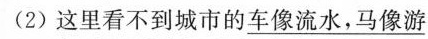
(2)这里看不到城市的车像流水，马像游